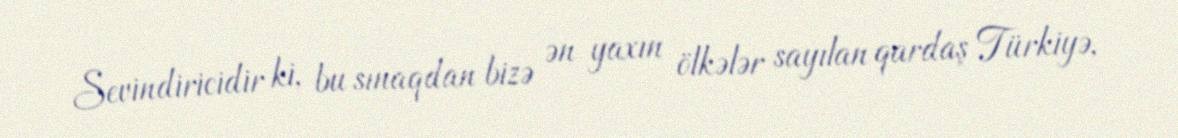
Sevindiricidir ki, bu sınaqdan bizə ən yaxın ölkələr sayılan qardaş Türkiyə,